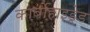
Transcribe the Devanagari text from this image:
कार्बोहाइड्रेड